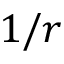
1 / r